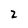
Character: 2